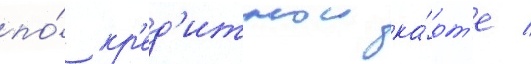
по́ кр'ед'итнои ка́рт'е /